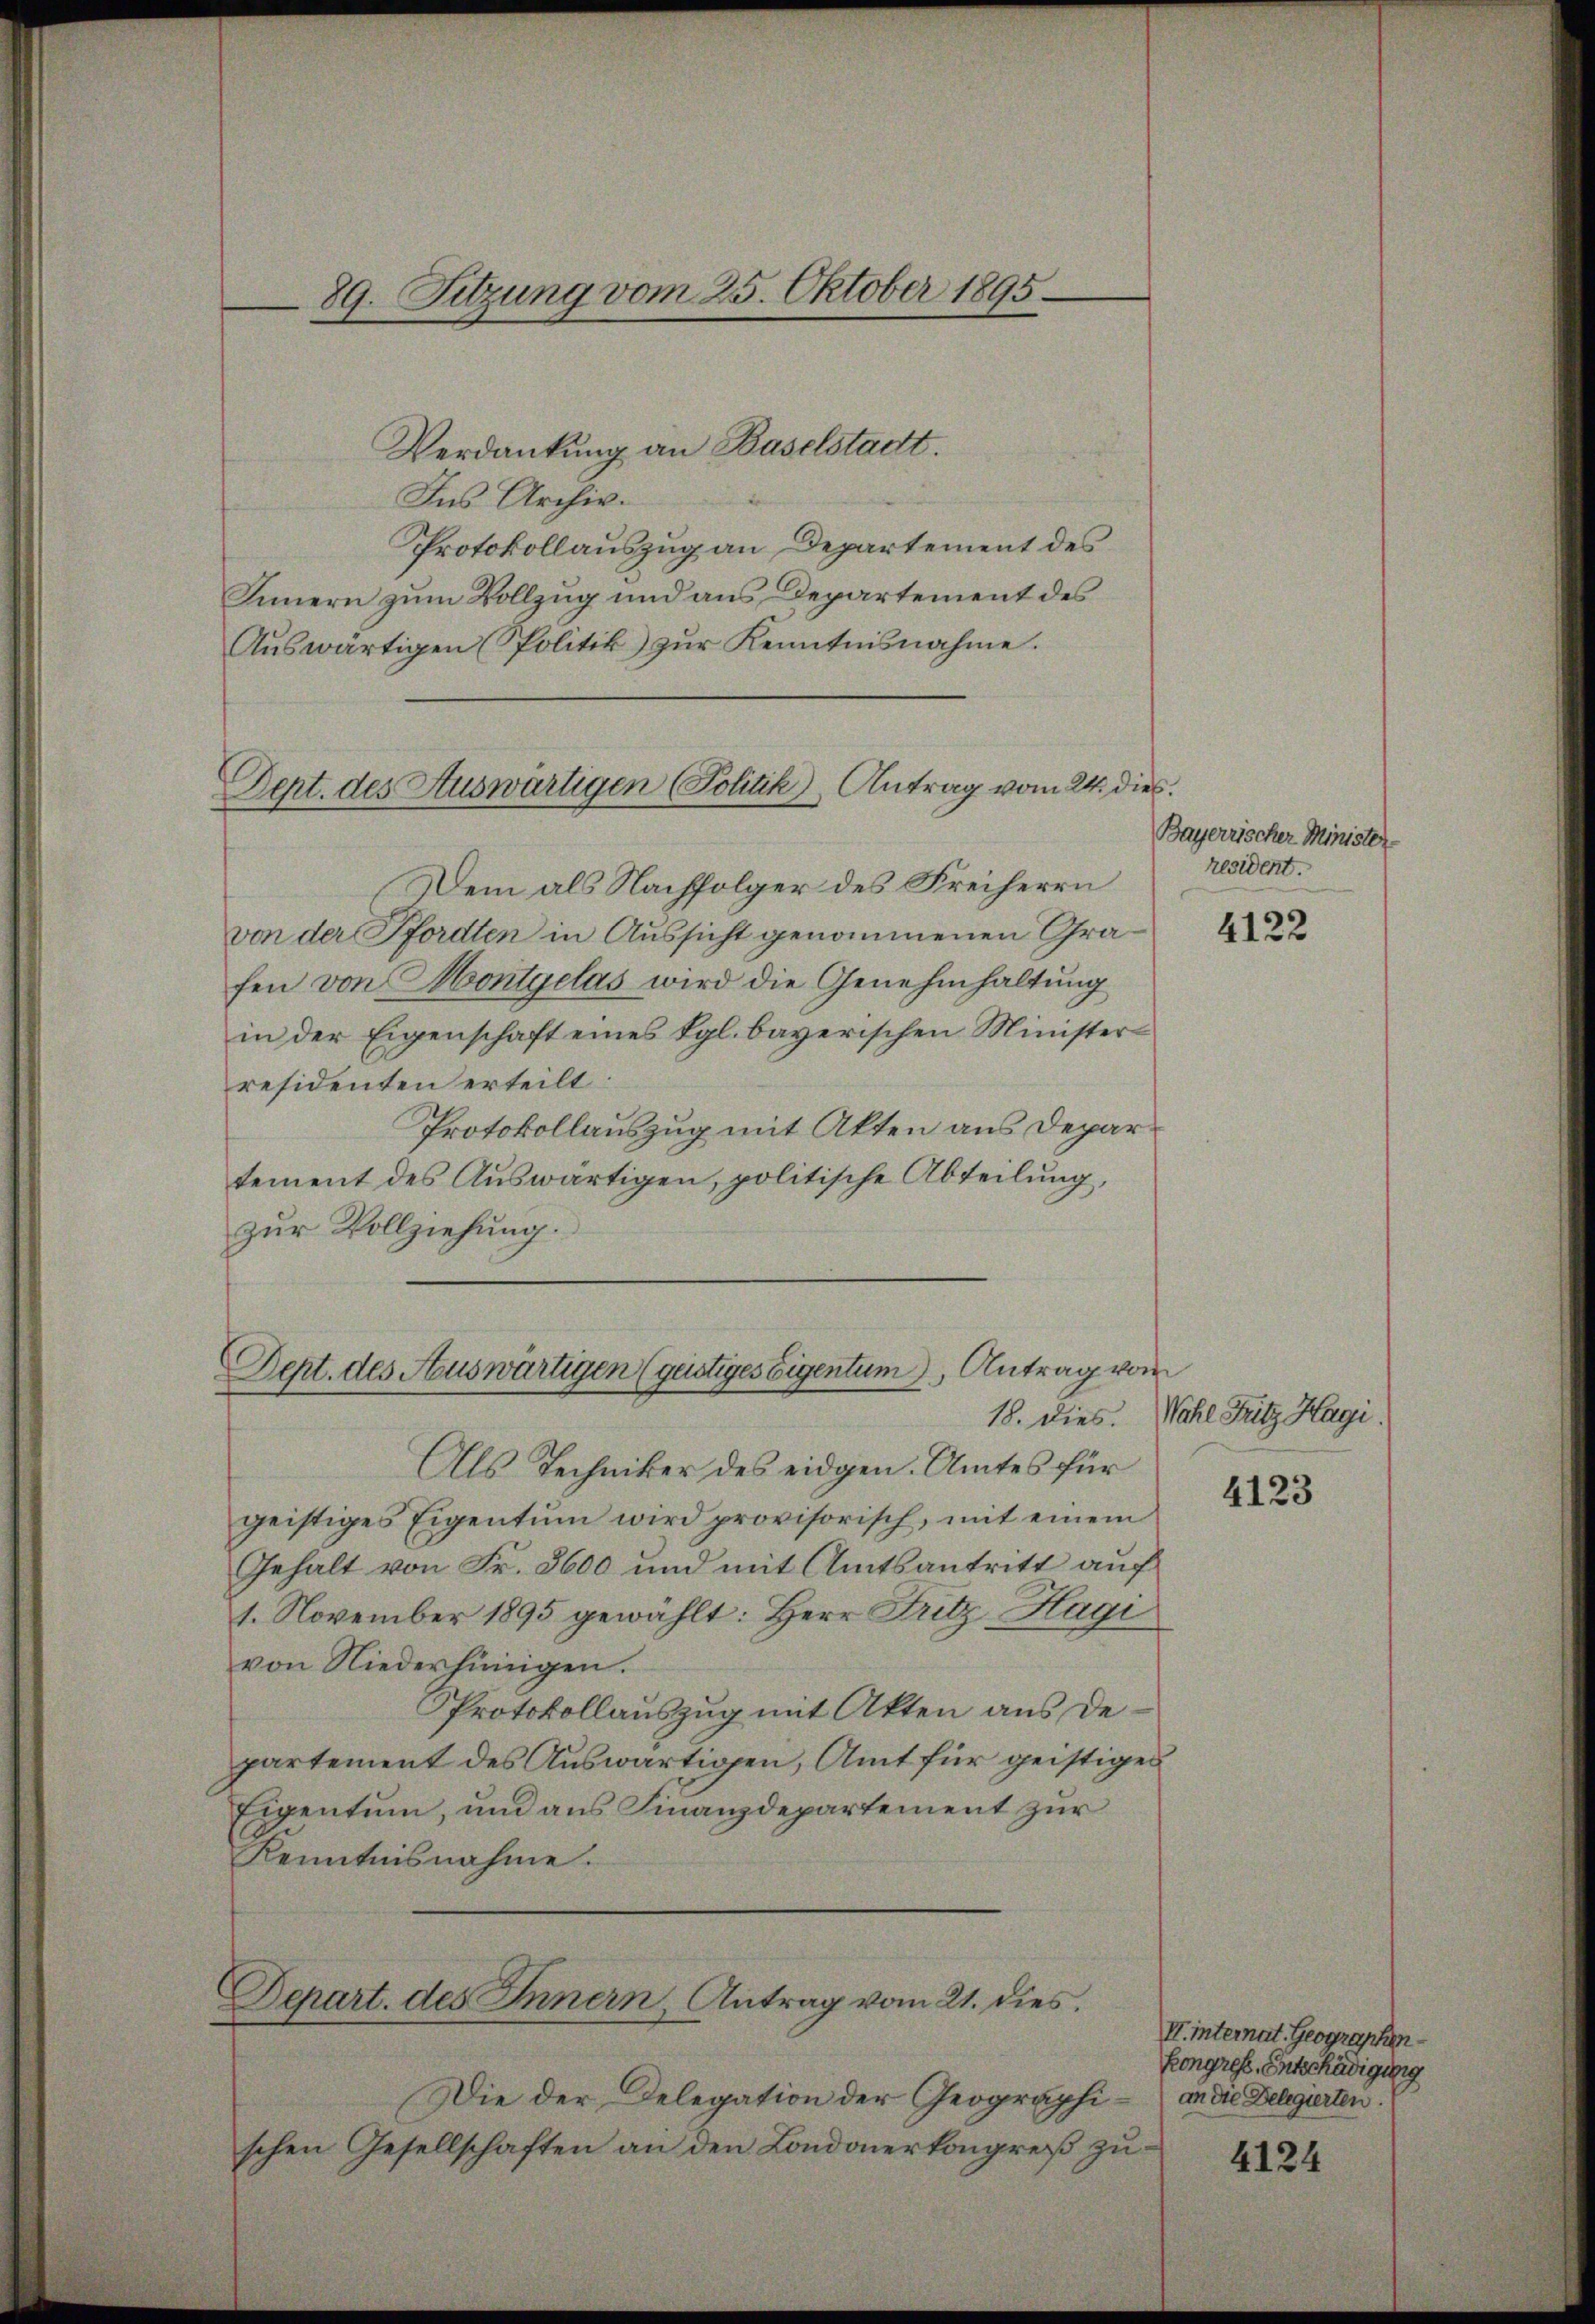
89. Sitzung vom 25. Oktober 1895

Verdankung an Baselstadt.
Ins Archiv.
Protokollauszug an Departement des
Innern zum Vollzug und aus Departement des
Aŭswärtigen (Politik) zŭr Kenntnisnahme.
Dem als Nachfolger des Freiherrn
von der Pfordten in Aussicht genommenen Grafen von Montgelas wird die Genehmhaltung
in der Eigenschaft eines Kgl. bayerischen Minister
residenten erteilt:
Protokollauszug mit Akten aus Departement des Auswärtigen, politische Abteilung,
zur Vollziehung.
Dept. des Auswärtigen (gustiges Eigentum Antrag vom
18. Dies. Wahl Fritz Hagi.
Als Techniker des eidgen. Amtes für
geistiges Eigentum wird provisorisch, mit einem
Gehalt von Fr. 3600 und mit Amtsantritt auf
1. November 1895 gewählt: Herr Fritz, Hagi
von Niederhünigen.
Protokollauszug mit Akten aus de
partement des Auswärtigen, Amt für geistigen
Eigentum, und aus Finanzdepartement zur
Kenntnisnahme.
Depart. des Innern, Antrag vom 21. dies
Die der Delegation der Geographi- an die Belgierten.
schen Gesellschaften an den Londonerkongreß zu¬

Dept. des Auswärtigen (Politik), Antrag vom 24. dies

Bayerrischer Minister-
resident.

4122

4123

II internat. Geographen-
Kongress. Entschädigung

4124